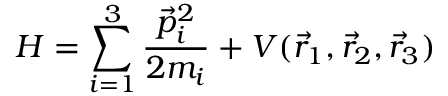
H = \sum _ { i = 1 } ^ { 3 } \frac { \vec { p } _ { i } ^ { 2 } } { 2 m _ { i } } + V ( \vec { r } _ { 1 } , \vec { r } _ { 2 } , \vec { r } _ { 3 } )